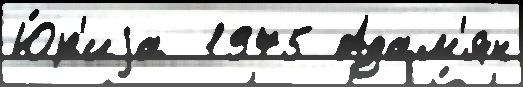
Ю́р'иjа  1975 Адам'ян